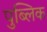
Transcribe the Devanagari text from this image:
पुब्लिक